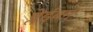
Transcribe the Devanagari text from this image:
ब्लेईबर्ग